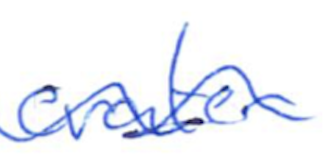
Text: crater
Cross-out: wave
Writing tool: ballpoint